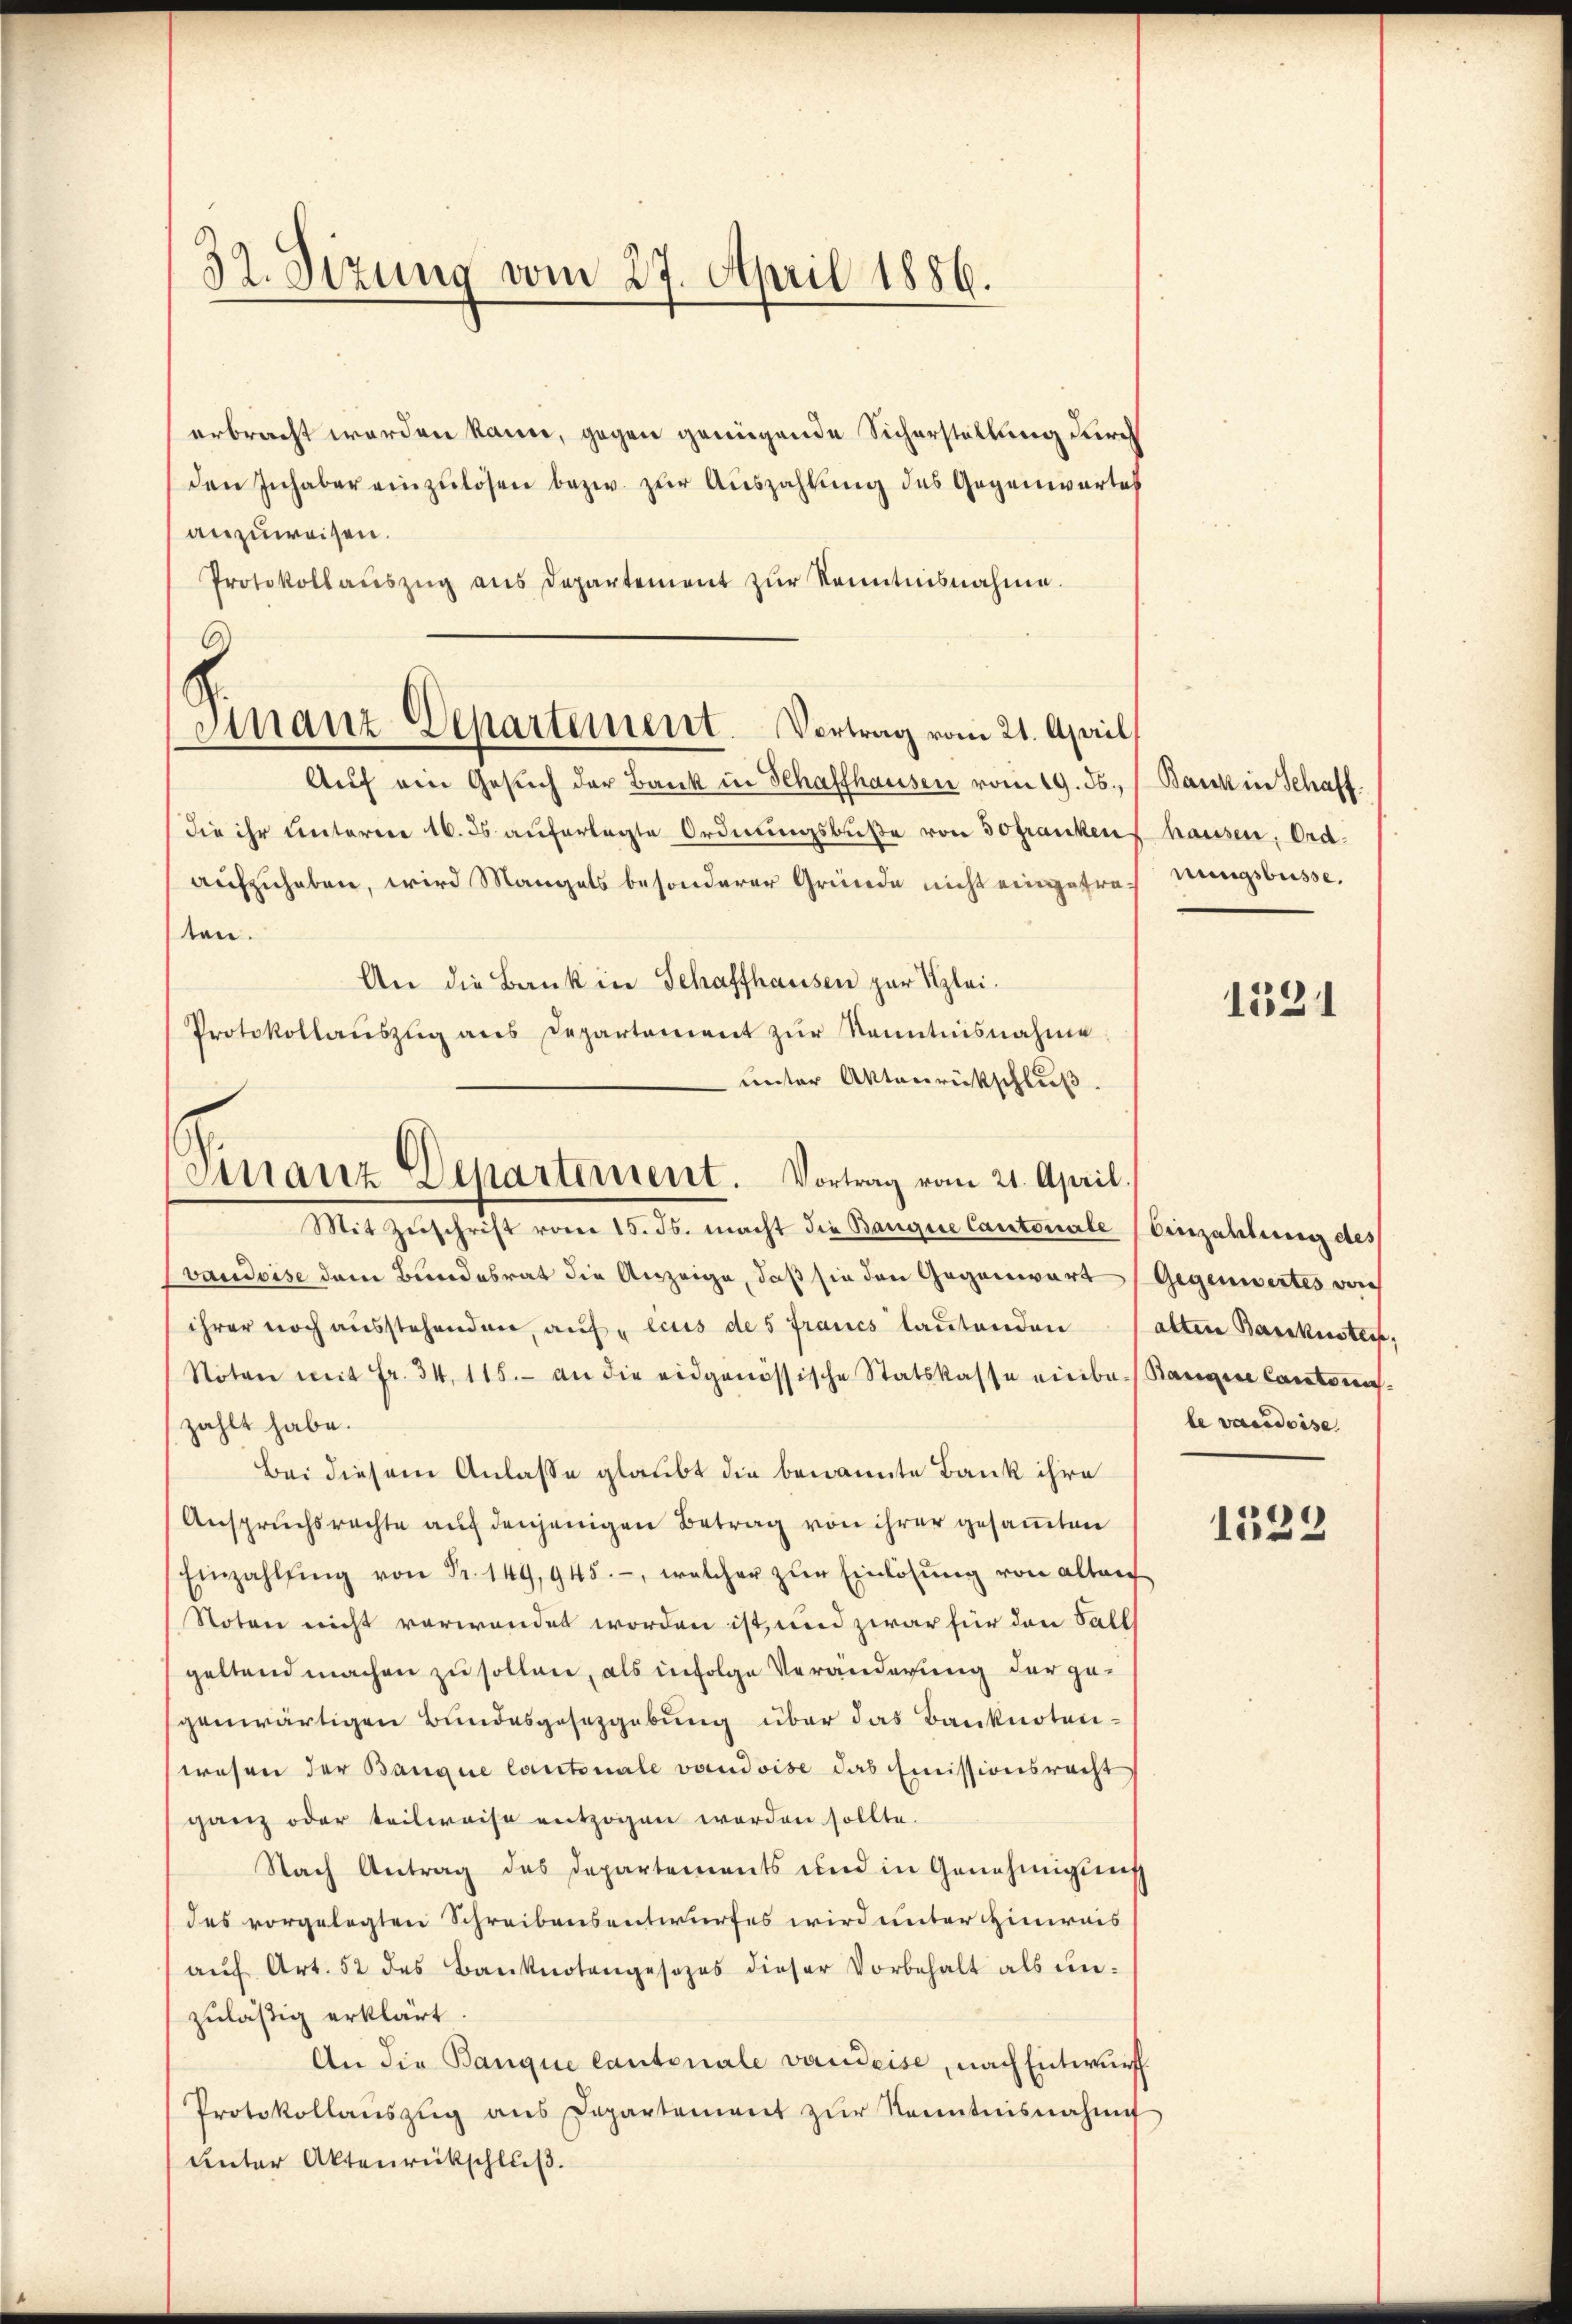
32. Sizung vom 27. April 1886.

erbracht worden kann, gegen genügende Sicherstellung durch
den Inhaber einzulösen bezw. zur Auszahlung des Gegenwartes
anzuweisen.
Protokollaŭszŭg aŭs Departement zŭr Kenntnisnahme.
Aŭf ein Gesuch der Bank in Schaffhausen vom 19. ds., / Bank in Schaffdie ihr unterren 16. ds. aŭferlegte Ordnŭngsbŭβe von 30frankens hausen, Ordaufzuhaben, wird Mangels besonderer Gründe nicht eingefrechnungsbusse,
ten.
An die Bank in Schaffhausen zur Klei¬
Protokollaŭszŭg ans Departement zŭr Kenntnisnahme
unter Aktenrückschluß.
Mit Zuschrift vom 18. ds. macht die Bangen Cantonale (Einzahlung des
vaudoise dem Bundesrat die Anzeige, daß sie den Gegenwart
ihrer noch ausstehenden, auf lius des Francs lautenden
Nöten mit Fr. 34, 115. an die eidgenössische Statskasse einba-Bangine Cantons-
zahlt habe.
Bei diesem Anlasse glaubt die benannte Bank ihre
Anspruchsrechte auf denjenigen Betrag von ihrer gesamten
Einzahlŭng von Fr. 149, 945., welcher zŭr Einlösŭng von alten
Noten nicht verwendet worden ist, und zwar für den Sall
geltend machen zu sollen, als infolge Veränderung der gegenwärtigen Bundesgesetzgebung über das Banknotenwesen der Banque Cantonale vaudoise das Emissionsrecht
ganz oder teilweise entzogen worden sollte.
Nach Antrag des Departements und in Genehmigung
des vorgelegten Schreibensentwurfes wird unter Hinweis
aŭf Art. 52 des Banknotengesezes dieser Vorbehalt als un-
zuläßig erklärt.
An die Banque Cantonale vaudeise, nach Entwurf
Protokollaŭszŭg ans Departement zŭr Kenntnisnahme
unter Aktenrückschluß.

Finanz Departement. Vortrag vom 21. April,

Vistanz Departement. Vortrag vom 21. April.

1321

Gegenwertes von
alten Basikusteif,
le vacadeise

1522